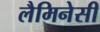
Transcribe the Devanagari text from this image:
लैमिनेसी